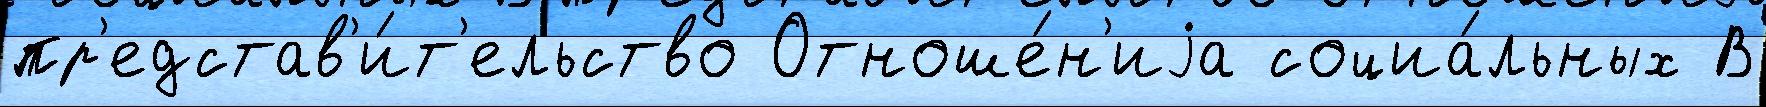
пр'едстав'и́т'ельство Отноше́н'иjа социа́льных В